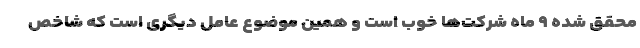
محقق شده ۹ ماه شرکت‌ها خوب است و همین موضوع عامل دیگری است که شاخص